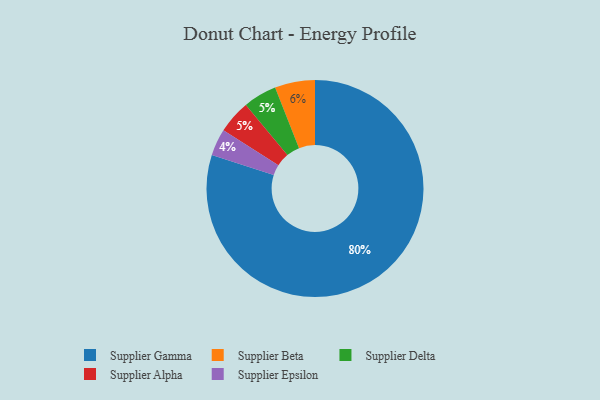
{"axis": {"x": "Category", "y": "Percentage"}, "legend": ["Supplier Alpha", "Supplier Beta", "Supplier Delta", "Supplier Epsilon", "Supplier Gamma"], "data": [{"x": "Supplier Delta", "y": 5, "type": "Supplier Delta"}, {"x": "Supplier Beta", "y": 6, "type": "Supplier Beta"}, {"x": "Supplier Epsilon", "y": 4, "type": "Supplier Epsilon"}, {"x": "Supplier Alpha", "y": 5, "type": "Supplier Alpha"}, {"x": "Supplier Gamma", "y": 80, "type": "Supplier Gamma"}]}